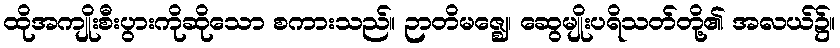
ထိုအကျိုးစီးပွားကိုဆိုသော စကားသည်။ ဉာတိမဇ္ဈေ၊ ဆွေမျိုးပရိသတ်တို့၏ အလယ်၌။